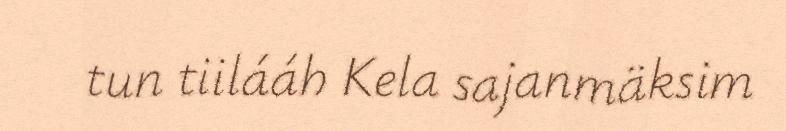
tun tiilááh Kela sajanmäksim